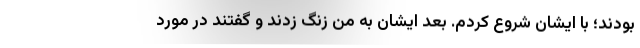
بودند؛ با ایشان شروع کردم. بعد ایشان به من زنگ زدند و گفتند در مورد